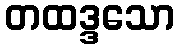
တထဒ္ဒသော